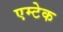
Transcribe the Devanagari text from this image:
एम्टेक